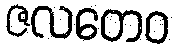
ဇလတေဝ